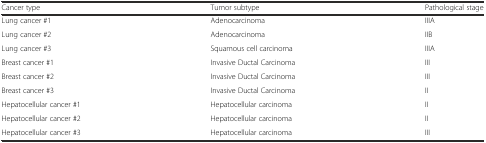
<table><thead><tr><td><b>Cancer type</b></td><td><b>Tumor subtype</b></td><td><b>Pathological stage</b></td></tr></thead><tbody><tr><td>Lung cancer #1</td><td>Adenocarcinoma</td><td>IIIA</td></tr><tr><td>Lung cancer #2</td><td>Adenocarcinoma</td><td>IIB</td></tr><tr><td>Lung cancer #3</td><td>Squamous cell carcinoma</td><td>IIIA</td></tr><tr><td>Breast cancer #1</td><td>Invasive Ductal Carcinoma</td><td>III</td></tr><tr><td>Breast cancer #2</td><td>Invasive Ductal Carcinoma</td><td>III</td></tr><tr><td>Breast cancer #3</td><td>Invasive Ductal Carcinoma</td><td>II</td></tr><tr><td>Hepatocellular cancer #1</td><td>Hepatocellular carcinoma</td><td>II</td></tr><tr><td>Hepatocellular cancer #2</td><td>Hepatocellular carcinoma</td><td>II</td></tr><tr><td>Hepatocellular cancer #3</td><td>Hepatocellular carcinoma</td><td>III</td></tr></tbody></table>